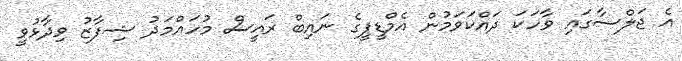
އެ ޖަލްސާގައި ވާހަކަ ދައްކަވަމުން އެމްޑީޕީގެ ނައިބް ރައީސް މުހައްމަދު ޝިފާޒު ވިދާޅުވީ